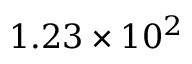
1 . 2 3 \times 1 0 ^ { 2 }